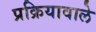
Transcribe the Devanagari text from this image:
प्रक्रियावाले